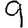
Digit: 9